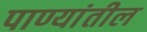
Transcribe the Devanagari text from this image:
पाण्यांतील